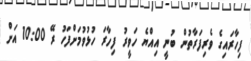
ފިހާރައިގެ ވެރިފަރާތުން ބުނީ އިއްޔެ ހަވީރު ފިހާރަ ހުޅުވުމަށްފަހު ރޭ 10:00 އަށް